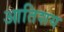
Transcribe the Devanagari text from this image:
आतिशय